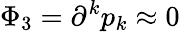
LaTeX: \Phi_{3}=\partial^{k}p_{k}\approx 0